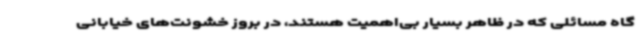
گاه مسائلی که در ظاهر بسیار بی‌اهمیت هستند، در بروز خشونت‌های خیابانی